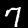
Label: 7